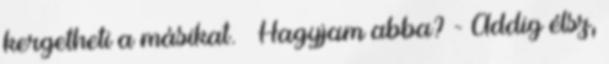
kergetheti a másikat. – Hagyjam abba? - Addig élsz,